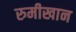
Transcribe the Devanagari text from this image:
रुमीखान